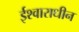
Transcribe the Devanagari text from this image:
ईश्वाराधीन